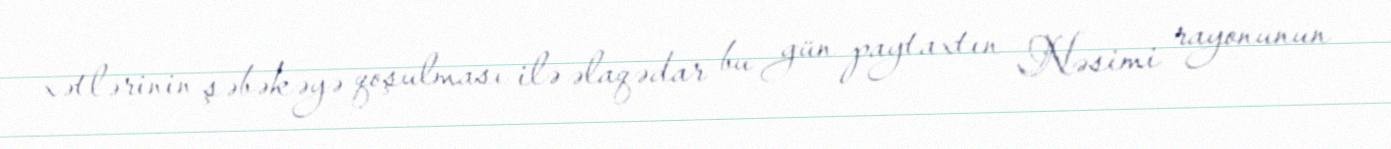
xətlərinin şəbəkəyə qoşulması ilə əlaqədar bu gün paytaxtın Nəsimi rayonunun